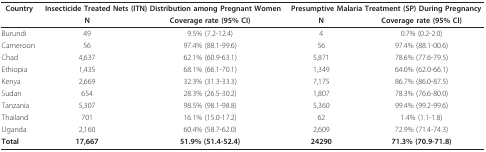
<table><thead><tr><td><b>Country</b></td><td colspan="2"><b>Insecticide Treated Nets (ITN) Distribution among Pregnant Women</b></td><td colspan="2"><b>Presumptive Malaria Treatment (SP) During Pregnancy</b></td></tr><tr><td></td><td><b>N</b></td><td><b>Coverage rate (95% CI)</b></td><td><b>N</b></td><td><b>Coverage rate (95% CI)</b></td></tr></thead><tbody><tr><td>Burundi</td><td>49</td><td>9.5% (7.2-12.4)</td><td>4</td><td>0.7% (0.2-2.0)</td></tr><tr><td>Cameroon</td><td>56</td><td>97.4% (88.1-99.6)</td><td>56</td><td>97.4% (88.1-00.6)</td></tr><tr><td>Chad</td><td>4,637</td><td>62.1% (60.9-63.1)</td><td>5,871</td><td>78.6% (77.6-79.5)</td></tr><tr><td>Ethiopia</td><td>1,435</td><td>68.1% (66.1-70.1)</td><td>1,349</td><td>64.0% (62.0-66.1)</td></tr><tr><td>Kenya</td><td>2,669</td><td>32.3% (31.3-33.3)</td><td>7,175</td><td>86.7% (86.0-87.5)</td></tr><tr><td>Sudan</td><td>654</td><td>28.3% (26.5-30.2)</td><td>1,807</td><td>78.3% (76.6-80.0)</td></tr><tr><td>Tanzania</td><td>5,307</td><td>98.5% (98.1-98.8)</td><td>5,360</td><td>99.4% (99.2-99.6)</td></tr><tr><td>Thailand</td><td>701</td><td>16.1% (15.0-17.2)</td><td>62</td><td>1.4% (1.1-1.8)</td></tr><tr><td>Uganda</td><td>2,160</td><td>60.4% (58.7-62.0)</td><td>2,609</td><td>72.9% (71.4-74.3)</td></tr><tr><td><b>Total</b></td><td><b>17,667</b></td><td><b>51.9% (51.4-52.4)</b></td><td><b>24290</b></td><td><b>71.3% (70.9-71.8)</b></td></tr></tbody></table>